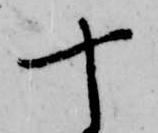
十